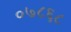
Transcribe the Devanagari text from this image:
०७८६८